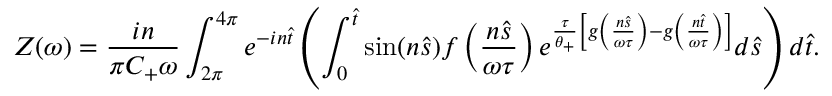
Z ( \omega ) = \frac { i n } { \pi C _ { + } \omega } \int _ { 2 \pi } ^ { 4 \pi } e ^ { - i n \hat { t } } \left( \int _ { 0 } ^ { \hat { t } } \sin ( n \hat { s } ) f \left( \frac { n \hat { s } } { \omega \tau } \right) e ^ { \frac { \tau } { \theta _ { + } } \left[ g \left( \frac { n \hat { s } } { \omega \tau } \right) - g \left( \frac { n \hat { t } } { \omega \tau } \right) \right] } d \hat { s } \right) d \hat { t } .